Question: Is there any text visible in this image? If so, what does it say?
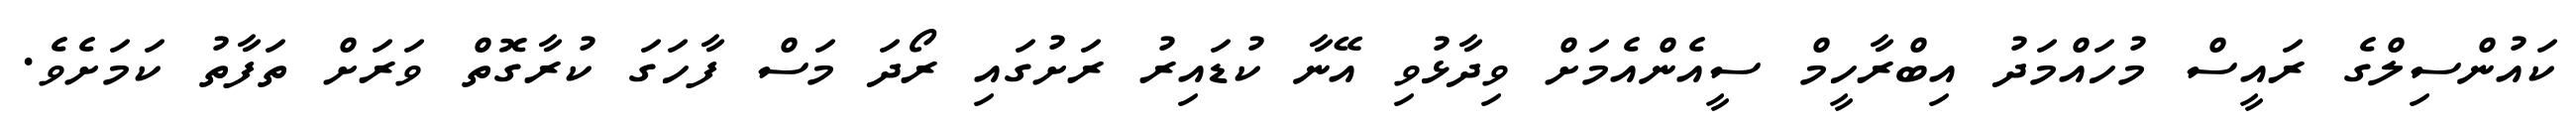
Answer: ކައުންސިލްގެ ރައީސް މުހައްމަދު އިބްރާހީމް ސީއެންއެމަށް ވިދާޅުވި އޭނާ ކުޑައިރު ރަށުގައި ރޯދަ މަސް ފާހަގަ ކުރާގޮތް ވަރަށް ތަފާތު ކަމަށެވެ.